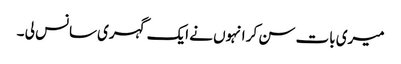
میری بات سن کر انہوں نے ایک گہری سانس لی ۔